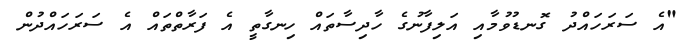
"އެ ސަރަހައްދު ގޮނޑުވުމާއި އަލިފާނުގެ ހާދިސާތައް ހިނގާތީ އެ ފަރާތްތައް އެ ސަރަހައްދުން